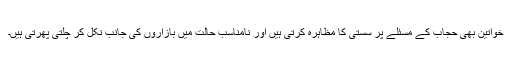
خواتین بھی حجاب کے مسئلے پر سستی کا مظاہرہ کرتی ہیں اور نامناسب حالت میں بازاروں کی جانب نکل کر چلتی پھرتی ہیں۔